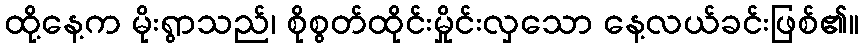
ထို့နေ့က မိုးရွာသည်၊ စိုစွတ်ထိုင်းမှိုင်းလှသော နေ့လယ်ခင်းဖြစ်၏။